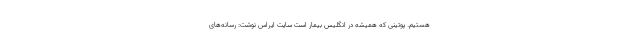
هستیم. پوتینی که همیشه در انگلیس بیمار است سایت ایراس نوشت: رسانه‌های